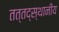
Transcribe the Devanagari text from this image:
तत्तद्स्थानीय